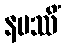
နမဿိံ